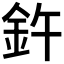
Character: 𫒍